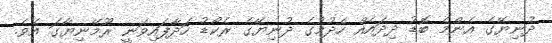
ދުނިޔޭގެ އެންމެ ބޮޑު ދިދައެއް ހެދުމުގެ ދުނިޔޭގެ ރެކޯޑު ހަދާފައިވަނީ ރޫމޭނިޔާގަ އެވެ.